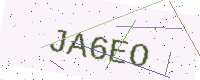
Text: JA6EO